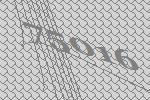
75016